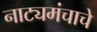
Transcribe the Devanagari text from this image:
नाट्यमंचाचे